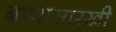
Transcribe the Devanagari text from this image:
बाणासारखी